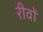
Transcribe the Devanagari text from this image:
रीवों